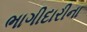
ભાગીદારીના